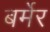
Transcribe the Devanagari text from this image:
बर्मेर